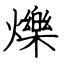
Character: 爍